Indian Civil Veterinary Department memoirs
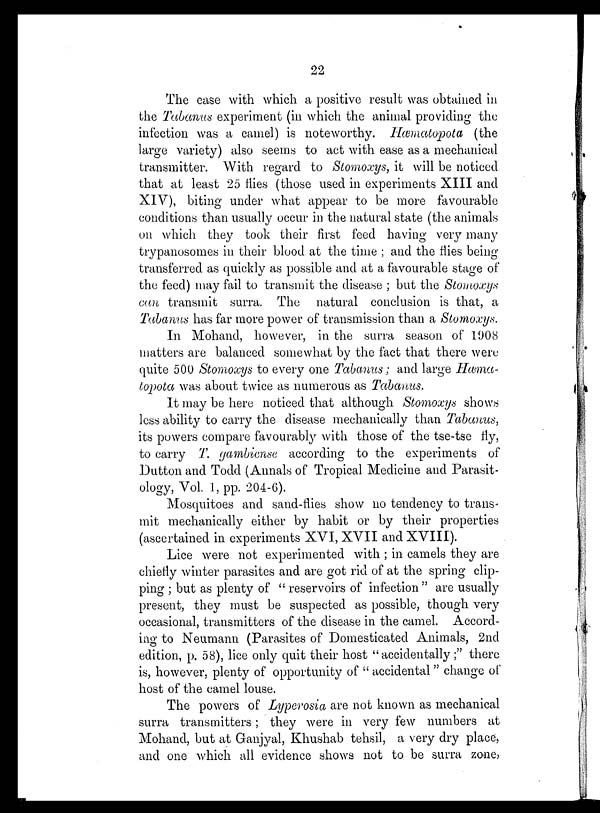
22
The ease with which a positive result was obtained in
the Tabanus experiment (in which the animal providing the
infection was a camel) is noteworthy. Hæmatopota (the
large variety) also seems to act with ease as a mechanical
transmitter. With regard to Stomoxys, it will be noticed
that at least 25 flies (those used in experiments XIII and
XIV), biting under what appear to be more favourable
conditions than usually occur in the natural state (the animals
on which they took their first feed having very many
trypanosomes in their blood at the time ; and the flies being
transferred as quickly as possible and at a favourable stage of
the feed) may fail to transmit the disease ; but the Stomoxys
can transmit surra. The natural conclusion is that, a
Tabanus has far more power of transmission than a Stomoxys.
In Mohand, however, in the surra season of 1908
matters are balanced somewhat by the fact that there were
quite 500 Stomoxys to every one Tabanus; and large Hæma¬
topota was about twice as numerous as Tabanus.
It may be here noticed that although Stomoxys shows
less ability to carry the disease mechanically than Tabanus,
its powers compare favourably with those of the tse-tse fly,
to carry T. gambiense according to the experiments of
Dutton and Todd (Annals of Tropical Medicine and Parasit-
ology, Vol. 1, pp. 204-6).
Mosquitoes and sand-flies show no tendency to trans-
mit mechanically either by habit or by their properties
(ascertained in experiments XVI, XVII and XVIII).
Lice were not experimented with ; in camels they are
chiefly winter parasites and are got rid of at the spring clip-
ping ; but as plenty of " reservoirs of infection " are usually
present, they must be suspected as possible, though very
occasional, transmitters of the disease in the camel. Accord-
ing to Neumann (Parasites of Domesticated Animals, 2nd
edition, p. 58), lice only quit their host "accidentally ;" there
is, however, plenty of opportunity of " accidental " change of
host of the camel louse.
The powers of Lyperosia are not known as mechanical
surra transmitters; they were in very few numbers at
Mohand, but at Ganjyal, Khushab tehsil, a very dry place,
and one which all evidence shows not to be surra zone,